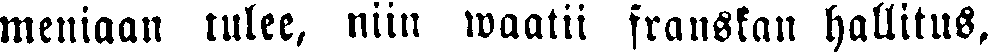
meniaan tulee, niin waatii franskan hallitus,